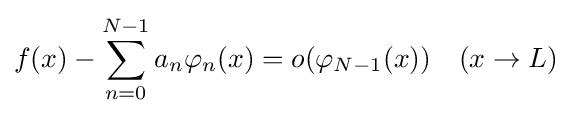
f(x)-\sum _{n=0}^{N-1}a_{n}\varphi _{n}(x)=o(\varphi _{N-1}(x))\quad (x\to L)\